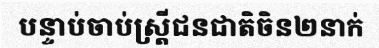
បន្ទាប់ចាប់ស្ត្រីជនជាតិចិន២នាក់